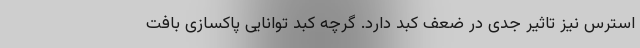
استرس نیز تاثیر جدی در ضعف کبد دارد. گرچه کبد توانایی پاکسازی بافت